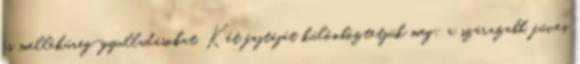
és melléküreg-gyulladásokat. Két fajtáját különböztetjük meg: a szárazabb, füves